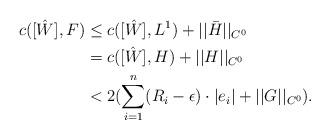
LaTeX: \begin{align*}c([\hat{W}],F)& \leq c([\hat{W}],L^1)+||\bar{H}||_{C^0}\\& = c([\hat{W}],H)+||H||_{C^0}\\ & <2(\sum_{i=1}^n(R_i-\epsilon)\cdot |e_i|+||G||_{C^0}).\end{align*}